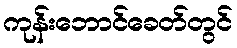
ကုန်းဘောင်ခေတ်တွင်